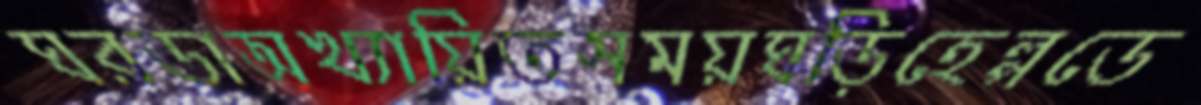
ঘরডাঅখ্যায়িতসময়ঘড়িহেল্পডে